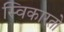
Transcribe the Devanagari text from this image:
स्विकारतो